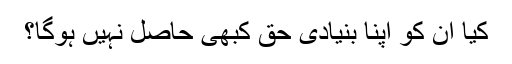
کیا ان کو اپنا بنیادی حق کبھی حاصل نہیں ہوگا؟